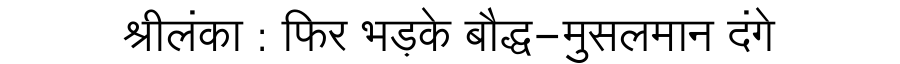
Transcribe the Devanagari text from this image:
श्रीलंका : फिर भड़के बौद्ध-मुसलमान दंगे